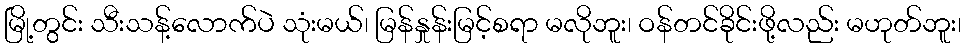
မြို့တွင်း သီးသန့်လောက်ပဲ သုံးမယ်၊ မြန်နှုန်းမြင့်စရာ မလိုဘူး၊ ဝန်တင်ခိုင်းဖို့လည်း မဟုတ်ဘူး၊